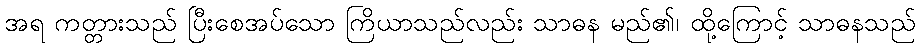
အရ ကတ္တားသည် ပြီးစေအပ်သော ကြိယာသည်လည်း သာဓန မည်၏၊ ထို့ကြောင့် သာဓနသည်